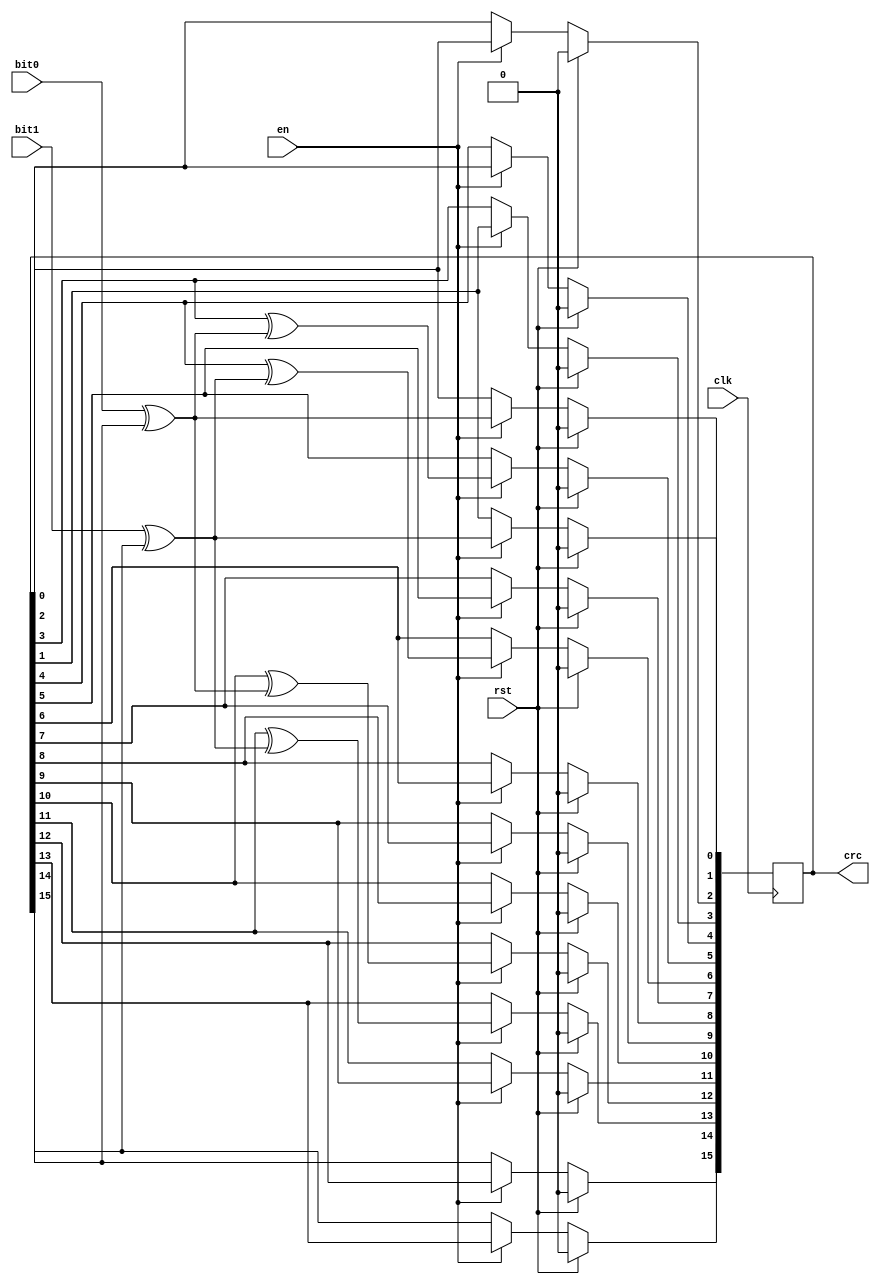
module crc16_2bit #(
  parameter             POLYNOMIAL  =   16'h1021,
  parameter             SEED        =   16'h0000
)(
  input                 clk,
  input                 rst,
  input                 en,
  input                 bit0,
  input                 bit1,
  output  reg   [15:0]  crc
);
wire         inv0;
wire         inv1;
assign inv1 = bit1 ^ crc[15];
assign inv0 = (bit0 ^ crc[14]);
always @ (posedge clk) begin
  if (rst) begin
    crc  <=  0;
  end
  else begin
    if (en) begin
      crc[15] <= crc[13];
      crc[14] <= crc[12];
      crc[13] <= crc[11] ^ inv1;
      crc[12] <= crc[10] ^ inv0;
      crc[11] <= crc[9];
      crc[10] <= crc[8];
      crc[9]  <= crc[7];
      crc[8]  <= crc[6];
      crc[7]  <= crc[5];
      crc[6]  <= crc[4] ^ inv1;
      crc[5]  <= crc[3] ^ inv0;
      crc[4]  <= crc[2];
      crc[3]  <= crc[1];
      crc[2]  <= crc[0];
      crc[1]  <= inv1;
      crc[0]  <= inv0;
    end
  end
end
endmodule